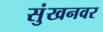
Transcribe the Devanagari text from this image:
सुंखनवर